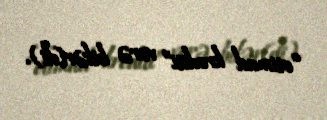
“etimad krediti” verə bilər(di).